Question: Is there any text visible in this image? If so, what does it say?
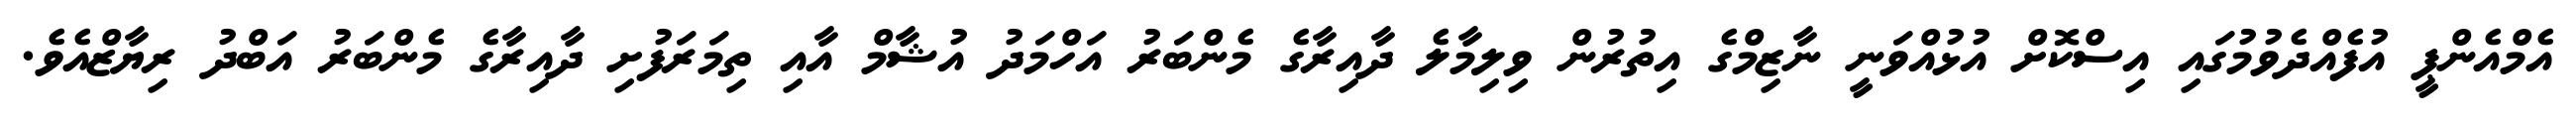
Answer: އެމްއެންޕީ އުފެއްދެވުމުގައި އިސްކޮށް އުޅުއްވަނީ ނާޒިމްގެ އިތުރުން ވިލިމާލެ ދާއިރާގެ މެންބަރު އަހްމަދު އުޝާމް އާއި ތިމަރަފުށި ދާއިރާގެ މެންބަރު އަބްދު ރިޔާޒްއެވެ.